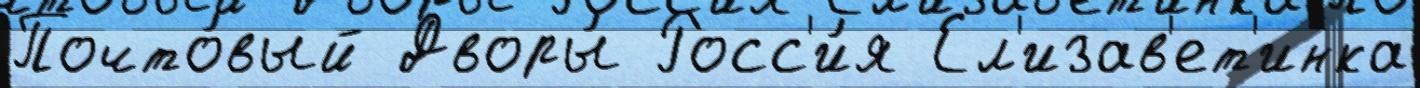
Почто́вый Дворы́ Росс'и́я Ел'изав'ет'инка